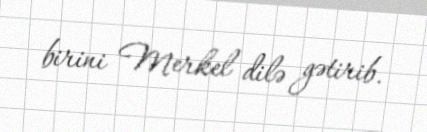
birini Merkel dilə gətirib.